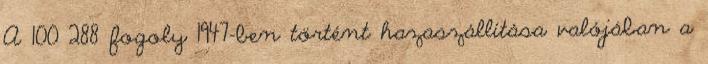
A 100 288 fogoly 1947-ben történt hazaszállítása valójában a